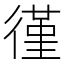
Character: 𫹡